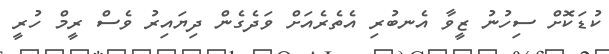
ކުޑަކޮށް ސިހުނު ޒީވާ އެނބުރި އެތެރެއަށް ވަދެގެން ދިޔައިރު ވެސް ރީމް ހުރީ